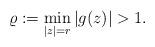
LaTeX: \begin{align*}\varrho:=\min_{|z|=r}|g(z)|>1.\end{align*}